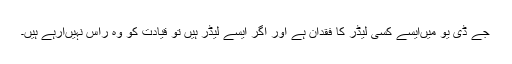
جے ڈی یو میںایسے کسی لیڈر کا فقدان ہے اور اگر ایسے لیڈر ہیں تو قیادت کو وہ راس نہیںآرہے ہیں۔